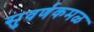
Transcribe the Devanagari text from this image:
सुवर्णकमळ